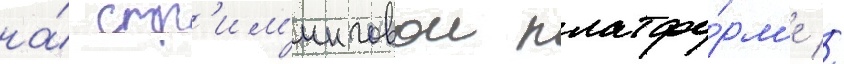
на́ стр'им'инговои платфо́рм'е //